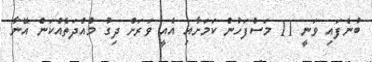
ބުނެފައި ވަނީ 11 މަސްފަހުން ކަމަށާއި އެއީ ވަރަށް ދިގު މުއްދަތެއްކަން އޭނާ